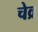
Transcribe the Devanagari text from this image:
चेव्र